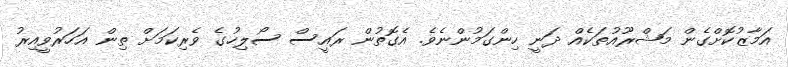
އަމާޒުކޮށްގެން މަޝްރޫއުތަކެއް ދަނީ ހިންގަމުންނެވެ. އެގޮތުން ރައީސް ސޯލިހުގެ ވެރިކަމަށް ތިން އަހަރުވީއިރު